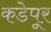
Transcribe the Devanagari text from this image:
कडेपूर